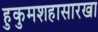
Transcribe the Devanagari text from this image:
हुकुमशहासारखा